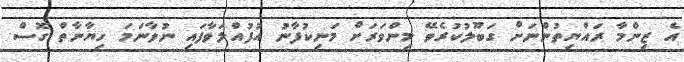
އެ ޒިންމާ ރައްޔިތުންނަށް ގަބޫލުކުރެވޭ މިންވަރަށް މަނިކުފާނު އުފުއްލަވާފައި ނުވާނަމަ ހިޔާނާތް ގޮސް